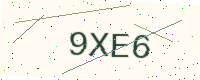
Text: 9XE6